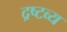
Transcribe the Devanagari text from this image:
द्रष्‍टव्‍य